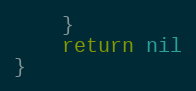
Language: Go
	}
	return nil
}